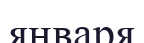
января